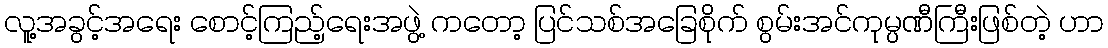
လူ့အခွင့်အရေး စောင့်ကြည့်ရေးအဖွဲ့ ကတော့ ပြင်သစ်အခြေစိုက် စွမ်းအင်ကုမ္ပဏီကြီးဖြစ်တဲ့ ဟာ